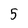
Character: 5